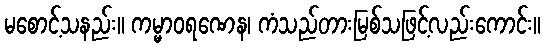
မစောင့်သနည်း။ ကမ္မာဝရဏေန၊ ကံသည်တားမြစ်သဖြင့်လည်းကောင်း။